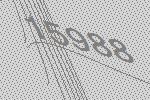
15988